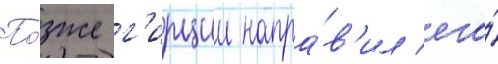
По́зже г'ирции напра́в'ил его́